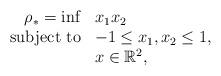
LaTeX: \begin{align*}\begin{array}{rll}\rho_* = \inf & \displaystyle x_1x_2 \\\textnormal{subject to} & \displaystyle -1\leq x_1,x_2 \leq 1, \\& \displaystyle x \in \mathbb{R}^2,\end{array}\end{align*}